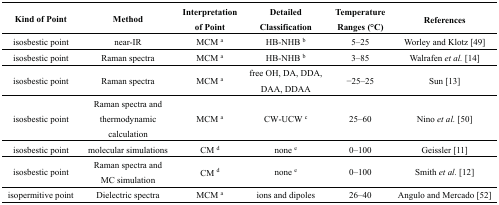
<table><thead><tr><td><b>Kind of Point</b></td><td><b>Method</b></td><td><b>Interpretation of Point</b></td><td><b>Detailed Classification</b></td><td><b>Temperature Ranges (°C)</b></td><td><b>References</b></td></tr></thead><tbody><tr><td>isosbestic point</td><td>near-IR</td><td>MCM <sup>a</sup></td><td>HB-NHB <sup>b</sup></td><td>5–25</td><td>Worley and Klotz [49]</td></tr><tr><td>isosbestic point</td><td>Raman spectra</td><td>MCM <sup>a</sup></td><td>HB-NHB <sup>b</sup></td><td>3–85</td><td>Walrafen <i>et al.</i> [14]</td></tr><tr><td>isosbestic point</td><td>Raman spectra</td><td>MCM <sup>a</sup></td><td>free OH, DA, DDA, DAA, DDAA</td><td>−25–25</td><td>Sun [13]</td></tr><tr><td>isosbestic point</td><td>Raman spectra and thermodynamic calculation</td><td>MCM <sup>a</sup></td><td>CW-UCW <sup>c</sup></td><td>25–60</td><td>Nino <i>et al.</i> [50]</td></tr><tr><td>isosbestic point</td><td>molecular simulations</td><td>CM <sup>d</sup></td><td>none <sup>e</sup></td><td>0–100</td><td>Geissler [11]</td></tr><tr><td>isosbestic point</td><td>Raman spectra and MC simulation</td><td>CM <sup>d</sup></td><td>none <sup>e</sup></td><td>0–100</td><td>Smith <i>et al.</i> [12]</td></tr><tr><td>isopermitive point</td><td>Dielectric spectra</td><td>MCM <sup>a</sup></td><td>ions and dipoles</td><td>26–40</td><td>Angulo and Mercado [52]</td></tr></tbody></table>